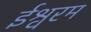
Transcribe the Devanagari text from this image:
ईश्वरम